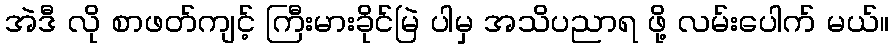
အဲဒီ လို စာဖတ်ကျင့် ကြီးမားခိုင်မြဲ ပါမှ အသိပညာရ ဖို့ လမ်းပေါက် မယ်။